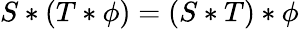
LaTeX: S\ast(T\ast\phi)=(S\ast T)\ast\phi